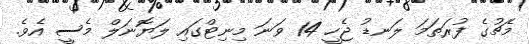
މެޗުގެ ފުރަތަމަ ލަނޑު ޖެހީ 14 ވަނަ މިނިޓްގައި ލަޔޮނަލް މެސީ އެވެ.